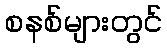
စနစ်များတွင်